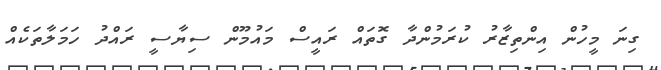
ގިނަ މީހުން އިންތިޒާރު ކުރަމުންދާ ގޮތައް ރައީސް މައުމޫން ސިޔާސީ ރައްދު ހަމަލާތަކެއް